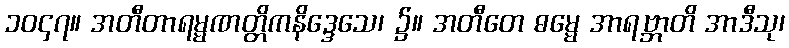
၁၀၄၇။ အတီတာရမ္မဏတ္တိကနိဒ္ဒေသေ၊ ၌။ အတီတေ ဓမ္မေ အာရဗ္ဘာတိ အာဒီသု၊